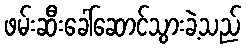
ဖမ်းဆီးခေါ်ဆောင်သွားခဲ့သည်